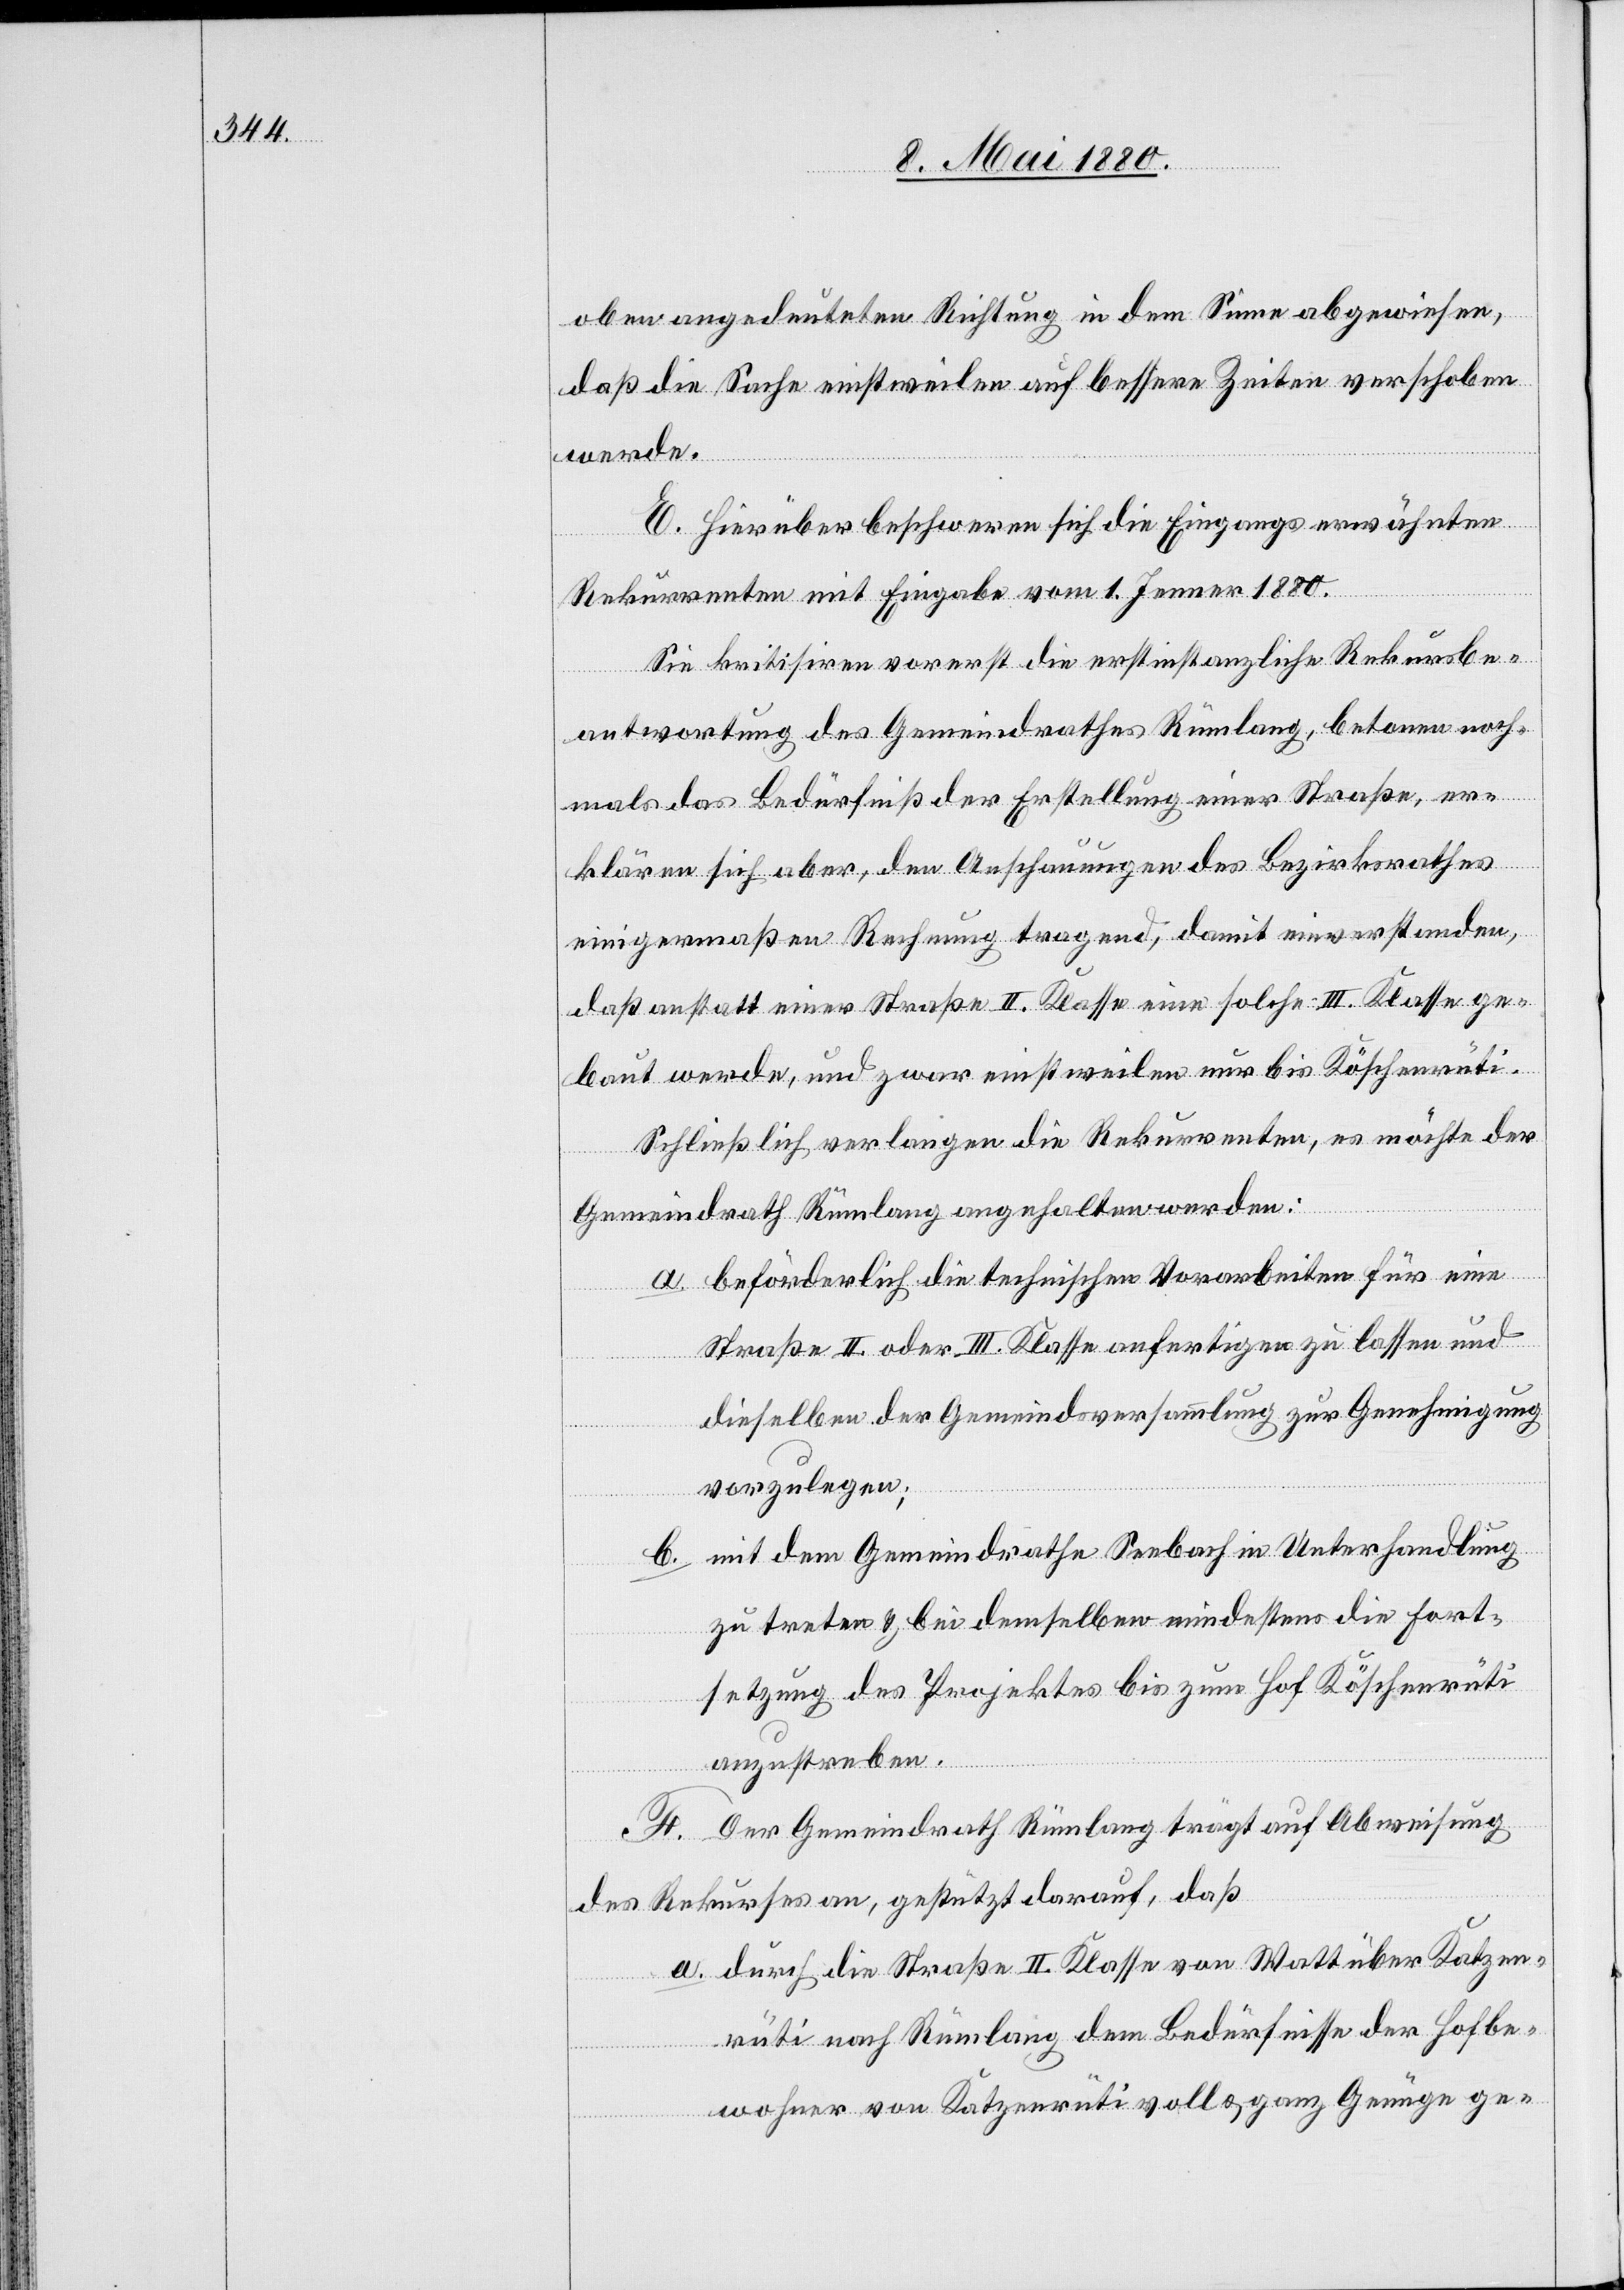
oben angedeuteten Richtung in dem Sinne abgewiesen,
daß die Sache einstweilen auf bessere Zeiten verschoben
werde.
E. Hierüber beschweren sich die Eingangs erwähnten
Rekurrenten mit Eingabe vom 1. Jenner 1880.
Sie kritisiren vorerst die erstinstanzliche Rekursbe¬
antwortung des Gemeindrathes Rümlang, betonen noch¬
mals das Bedürfniß der Erstellung einer Straße, er¬
klären sich aber, den Anschauungen des Bezirksrathes
einigermaßen Rechnung tragend, damit einverstanden,
daß anstatt einer Straße II. Klasse eine solche III. Klasse ge¬
baut werde, und zwar einstweilen nur bis Köschenrüti.
Schließlich verlangen die Rekurrenten, es möchte der
Gemeindrath Rümlang angehalten werden:
a. beförderlich die technischen Vorarbeiten für eine
Straße II. oder III. Klasse anfertigen zu lassen und
dieselben der Gemeindsversammlung zur Genehmigung
vorzulegen;
b. mit dem Gemeindrathe Seebach in Unterhandlung
zu treten & bei demselben mindestens die Fort¬
setzung des Projektes bis zum Hof Köschenrüti
anzustreben.
F. Der Gemeindrath Rümlang trägt auf Abweisung
des Rekurses an, gestützt darauf, daß
a. durch die Straße II. Klasse von Watt über Katzen¬
rüti nach Rümlang dem Bedürfnisse der Hofbe¬
wohner von Katzenrüti voll & ganz Genüge ge-